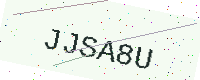
Text: JJSA8U